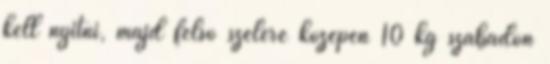
kell nyitni, majd felsõ szélére középen 10 kg szabadon